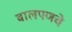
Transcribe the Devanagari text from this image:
बालपणचे